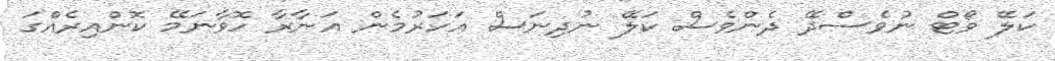
ކަލޭ ވޯޓް ނުވެސްދޭ ދެންވެސް ކަލޭ ނުދިނަސް އަހަރުމެން އަނާރާ ހޮވާނަމޭ ކޮންއިރެއްގަ